Leaving Certificate Examination, 1913
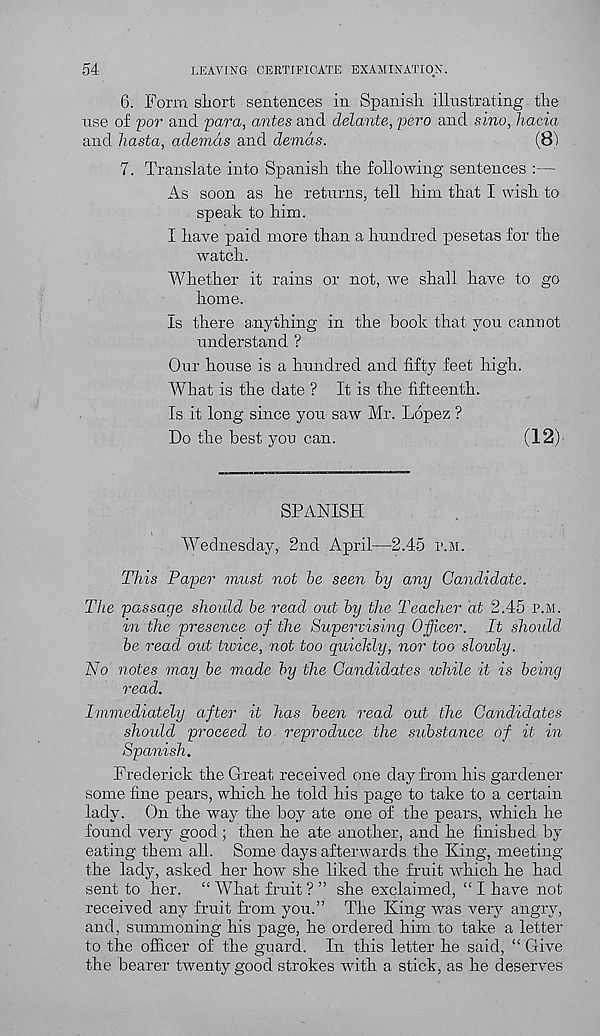
54
LEAVING CERTIFICATE EXAMINATION.
6. Form sliort sentences in Spanish illustrating the
use of por and para, antes and delante, pero and smo, hacia
and hasta, ademds and demds,
(8)
7. Translate into Spanish the following sentences :—
As soon as he returns, tell him that I wish to
speak to him.
I have paid more than a hundred pesetas for the
watch.
Whether it rains or not, we shall have to go
home.
Is there anything in the book that you cannot
understand ?
Our house is a hundred and fifty feet high.
What is the date ? It is the fifteenth.
Is it long since you saw Mr. Lopez ?
Do the best you can.
(12)
SPANISH
Wednesday, 2nd April—2.45 i>.m.
This Paper must not be seen by any Candidate.
The passage should be read out by the Teacher at 2.45 p.m.
in the presence of the Supervising Officer. It should
be read out twice, not too quickly, nor too slowly.
No notes may be made by the Candidates while it is being
read.
Immediately after it has been read out the Candidates
should proceed to reproduce the substance of it in
Spanish.
Frederick the Great received one day from his gardener
some fine pears, which he told his page to take to a certain
lady. On the way the boy ate one of the pears, which he
found very good ; then he ate another, and he finished by
eating them all. Some days afterwards the King, meeting
the lady, asked her how she liked the fruit which he had
sent to her. “ What fruit ? ” she exclaimed, “ I have not
received any fruit from you.” The King was very angry,
and, summoning his page, he ordered him to take a letter
to the officer of the guard. In this letter he said, “ Give
the bearer twenty good strokes with a stick, as he deserves